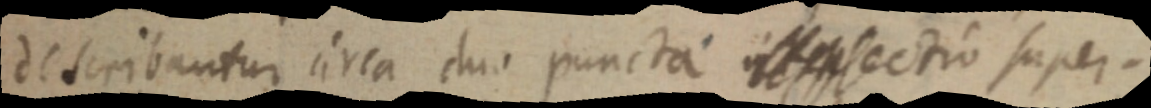
describantur circa duo puncta _ sectio super.